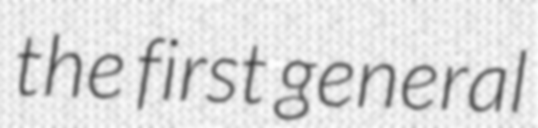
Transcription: the first general